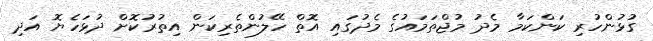
ގުޅުންހުރި ކަންކަމާ މެދު މުޖްތަމައުގެ މެދުގައި އޮތް ހޭލުންތެރިކަން އިތުރުކޮށް ދުޅަހެޔޮ އަދި